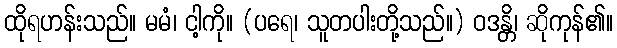
ထိုရဟန်းသည်။ မမံ၊ ငါ့ကို။ (ပရေ၊ သူတပါးတို့သည်။) ဝဒန္တိ၊ ဆိုကုန်၏။